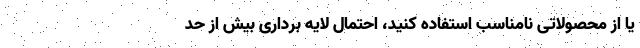
یا از محصولاتی نامناسب استفاده کنید، احتمال لایه برداری بیش از حد